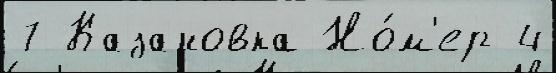
7 Казановка Но́м'ер 4